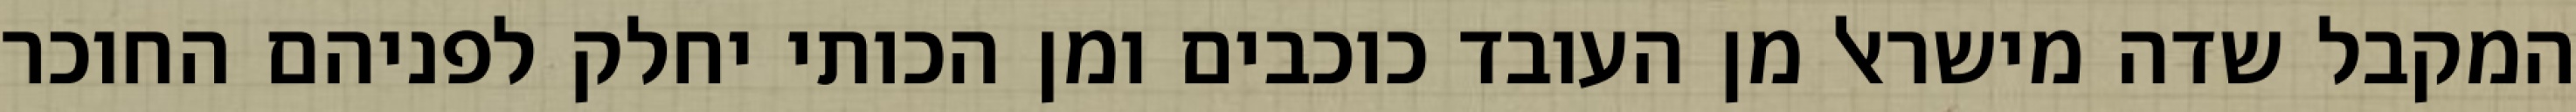
המקבל שדה מישראל מן העובד כוכבים ומן הכותי יחלק לפניהם החוכר